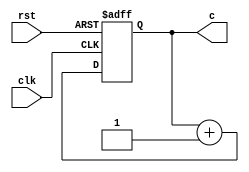
// 8 bit counter with asynchronous reset
module count(	c,
				clk,
				rst
			);

  input clk,rst; 
  output [7:0]c;
  reg [7:0]c;

  always @(posedge clk or posedge rst)
	begin
       if (rst)
        c <= 8'b0;
       else
		c <= c + 1'b1;
	end
  endmodule